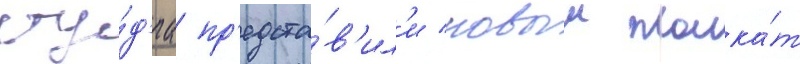
сту́д'иа пр'едста́в'ил'и новыи плака́т